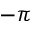
- \pi